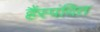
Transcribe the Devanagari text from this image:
हैंस्पंदित